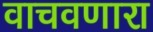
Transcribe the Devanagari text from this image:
वाचवणारा